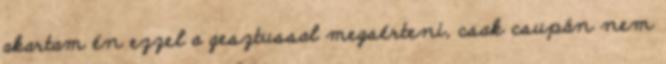
akartam én ezzel a gesztussal megsérteni, csak csupán nem